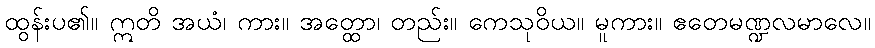
ထွန်းပ၏။ ဣတိ အယံ၊ ကား။ အတ္ထော၊ တည်း။ ကေသုဝိယ။ မူကား။ ဧတေမဏ္ဍလမာလေ။